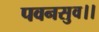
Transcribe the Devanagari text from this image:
पवनसुव।।